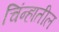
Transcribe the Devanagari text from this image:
चिंन्हातील